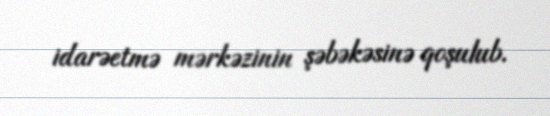
idarəetmə mərkəzinin şəbəkəsinə qoşulub.